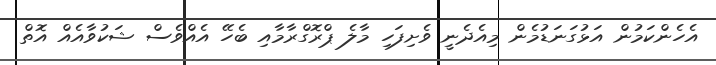
އެހެންކަމުން އަޅުގަނަޑުމެން މިއެދެނީ ވެށިފަހި މާލެ ޕްރޮގްރާމާއި ބެހޭ އެއްވެސް ޝަކުވާއެއް އޮތް